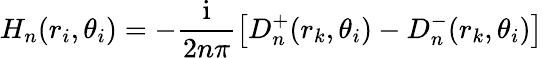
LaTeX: H_{n}(r_{i},\theta_{i})=-\frac{\mathrm{i}}{2n\pi}\big[D_{n}^{+}(r_{k},\theta_{i})-D_{n}^{-}(r_{k},\theta_{i})\big]